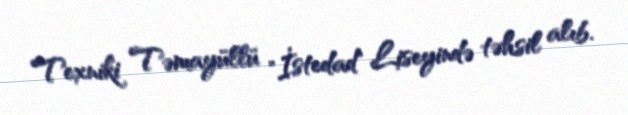
Texniki Təmayüllü "İstedad" Liseyində təhsil alıb.